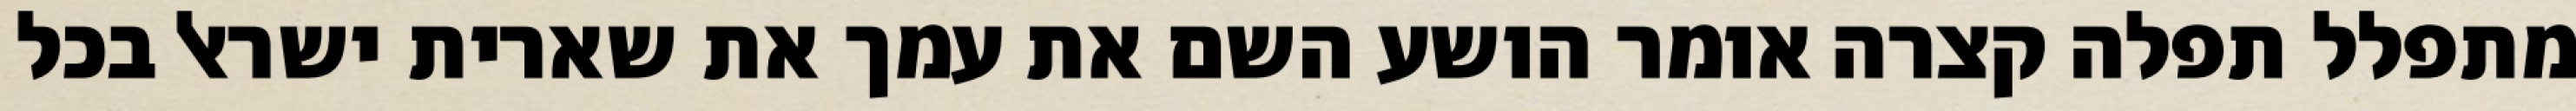
מתפלל תפלה קצרה אומר הושע השם את עמך את שארית ישראל בכל